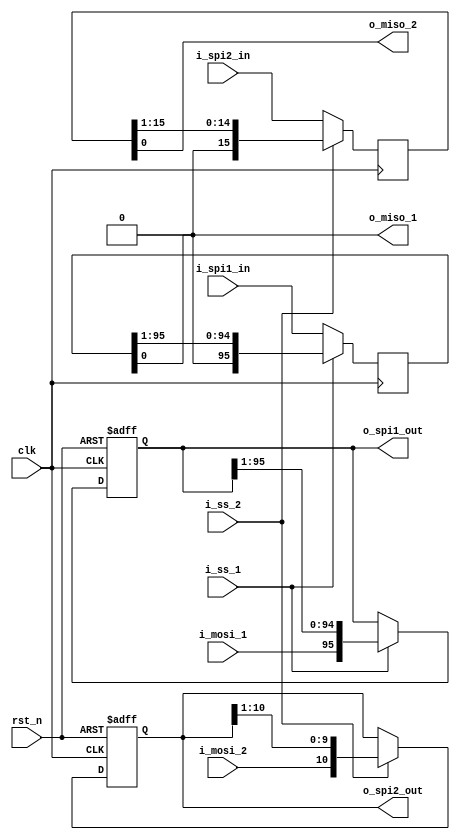
`default_nettype none

module spi(
    input   wire        clk,
    input   wire        rst_n,

    // SPI 1
    input   wire        i_ss_1,
    input   wire        i_mosi_1,
    output  wire        o_miso_1,

    // SPI 2
    input   wire        i_ss_2,
    input   wire        i_mosi_2,
    output  wire        o_miso_2,

    // interface
    output  reg  [95:0] o_spi1_out, // 8 12-bit pulse width
    input   wire [95:0] i_spi1_in, // 8 12-bit counter output
    output  reg  [10:0] o_spi2_out, // 8-bit switch and 3-bit knn threshold
    input   wire [15:0] i_spi2_in // 8-bit NN and 8-bit KNN result
);

always @(posedge clk or negedge rst_n) begin
    if(!rst_n) begin
        o_spi1_out <= 96'd0;
    end else begin
        if(i_ss_1) o_spi1_out <= {i_mosi_1, o_spi1_out[95:1]};
    end
end

always @(posedge clk or negedge rst_n) begin
    if(!rst_n) begin
        o_spi2_out <= 11'd0;
    end else begin
        if(i_ss_2) o_spi2_out <= {i_mosi_2, o_spi2_out[10:1]};
    end
end

reg [95:0] spi1_in;
reg [15:0] spi2_in;

always @(posedge clk) begin        
    if(i_ss_1) spi1_in <= spi1_in >> 1;
    else spi1_in <= i_spi1_in;
end

always @(posedge clk) begin        
    if(i_ss_2) spi2_in <= spi2_in >> 1;
    else spi2_in <= i_spi2_in;
end

assign o_miso_1 = spi1_in[0];
assign o_miso_2 = spi2_in[0];

endmodule